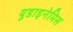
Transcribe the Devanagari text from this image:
यूडाइनेमिस